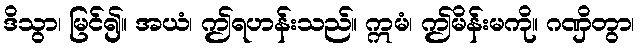
ဒိသွာ၊ မြင်၍။ အယံ၊ ဤရဟန်းသည်။ ဣမံ၊ ဤမိန်းမကို။ ဂဏှိတွာ၊